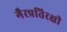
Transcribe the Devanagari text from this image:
गैरप्रतिरक्षी